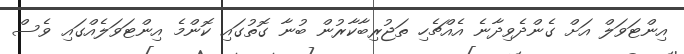
އިންޓަވަލް އަށް ގެންދެވިދާނެ އެއްޗެހި ތަޖުރިބާކާރުން ބުނާ ގޮތުގައި ކޮންމެ އިންޓަވަލެއްގައި ވެސް